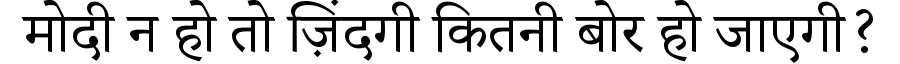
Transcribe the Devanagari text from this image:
मोदी न हो तो ज़िंदगी कितनी बोर हो जाएगी?